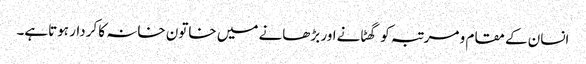
انسان کے مقام و مرتبہ کو گھٹانےاور بڑھانے میں خاتون خانہ کا کردار ہوتاہے۔